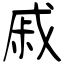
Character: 戚